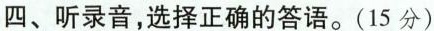
四、听录音,选择正确的答语.(15 分)